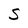
Character: s